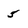
Character: 5